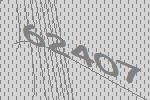
62407